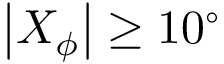
\left| X _ { \phi } \right| \geq 1 0 ^ { \circ }